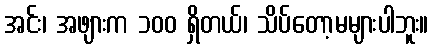
အင်း၊ အဖျားက ၁၀၀ ရှိတယ်၊ သိပ်တော့မများပါဘူး။